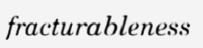
fracturableness